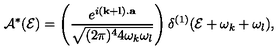
{ \cal A } ^ { * } ( { \cal E } ) = \left( \frac { e ^ { i ( { \bf k } + { \bf l } ) . { \bf a } } } { \sqrt { ( 2 \pi ) ^ { 4 } 4 \omega _ { k } \omega _ { l } } } \right) \delta ^ { ( 1 ) } ( { \cal E } + \omega _ { k } + \omega _ { l } ) ,